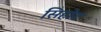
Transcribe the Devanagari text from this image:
सिहोट